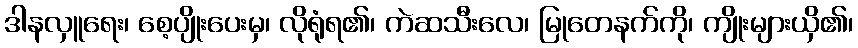
ဒါနလှူရေး၊ စေ့ပျိုးပေးမှ၊ လိုရုံရ၏၊ ကဲဆသီးလေ၊ မြုတေနက်ကို၊ ကျိုးများယှိ၏၊